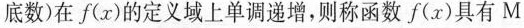
底数)在f(x)的定义域上单调递增，则称函数f(x)具有M